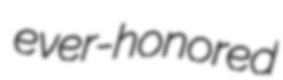
ever-honored